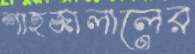
শাহজালালের